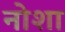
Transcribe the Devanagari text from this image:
नोशा